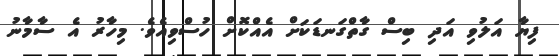
ފިޔާ އަލުވި އަދި ބިސް ގާތްގަނޑަކަށް އެއްކޮށް ހުސްވިއެވެ. މިހާރު އެ ސާމާނު